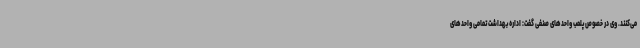
می‌کنند. وی در خصوص پلمب واحدهای صنفی گفت: اداره بهداشت تمامی واحدهای